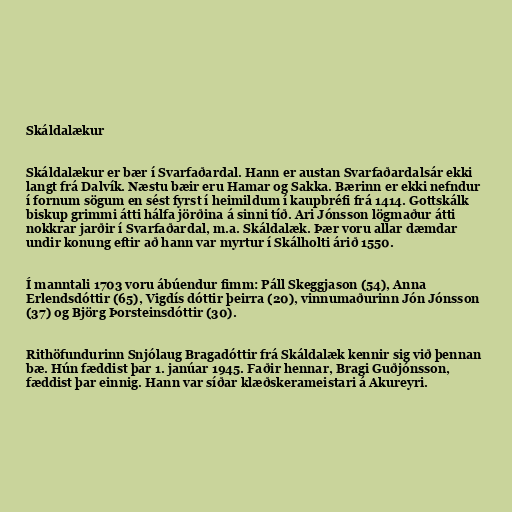
Skáldalækur

Skáldalækur er bær í Svarfaðardal. Hann er austan Svarfaðardalsár ekki
langt frá Dalvík. Næstu bæir eru Hamar og Sakka. Bærinn er ekki nefndur
í fornum sögum en sést fyrst í heimildum í kaupbréfi frá 1414. Gottskálk
biskup grimmi átti hálfa jörðina á sinni tíð. Ari Jónsson lögmaður átti
nokkrar jarðir í Svarfaðardal, m.a. Skáldalæk. Þær voru allar dæmdar
undir konung eftir að hann var myrtur í Skálholti árið 1550.

Í manntali 1703 voru ábúendur fimm: Páll Skeggjason (54), Anna
Erlendsdóttir (65), Vigdís dóttir þeirra (20), vinnumaðurinn Jón Jónsson
(37) og Björg Þorsteinsdóttir (30).

Rithöfundurinn Snjólaug Bragadóttir frá Skáldalæk kennir sig við þennan
bæ. Hún fæddist þar 1. janúar 1945. Faðir hennar, Bragi Guðjónsson,
fæddist þar einnig. Hann var síðar klæðskerameistari á Akureyri.